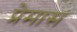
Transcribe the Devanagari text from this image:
प्रेमास